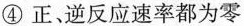
④正、逆反应速率都为零